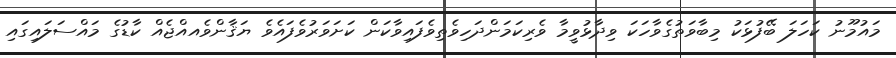
މައުމޫނު ކަހަލަ ބޭފުޅަކު މިބާވަތުގެވާހަކަ ވިދާޅުވީމާ ވެރިކަމަންދަހިވެތިވެފައިވާކަން ކަށަވަރުވެފައެވެ ޔަޤާންވެއއްޖެއް ކާޑުގެ މައްސަލައިގައި